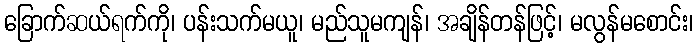
ခြောက်ဆယ်ရက်ကို၊ ပန်းသက်မယူ၊ မည်သူမကျန်၊ အချိန်တန်ဖြင့်၊ မလွန်မစောင်း၊